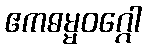
ဧကဓမ္မဝဂ္ဂေါ